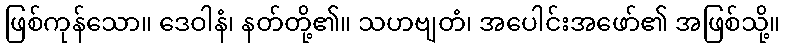
ဖြစ်ကုန်သော။ ဒေဝါနံ၊ နတ်တို့၏။ သဟဗျတံ၊ အပေါင်းအဖော်၏ အဖြစ်သို့။